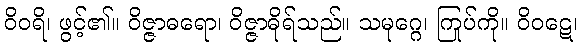
ဝိဝရိ၊ ဖွင့်၏။ ဝိဇ္ဇာဓရော၊ ဝိဇ္ဇာဓိုရ်သည်။ သမုဂ္ဂေ၊ ကြုပ်ကို။ ဝိဝဋေ၊